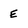
Character: e